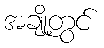
အချို့တွင်